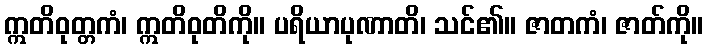
ဣတိဝုတ္တကံ၊ ဣတိဝုတိကို။ ပရိယာပုဏာတိ၊ သင်၏။ ဇာတကံ၊ ဇာတ်ကို။